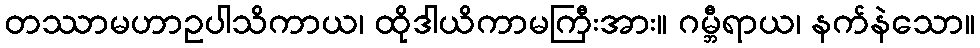
တဿာမဟာဥပါသိကာယ၊ ထိုဒါယိကာမကြီးအား။ ဂမ္ဘီရာယ၊ နက်နဲသော။